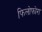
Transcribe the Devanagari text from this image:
फिलोफोरा